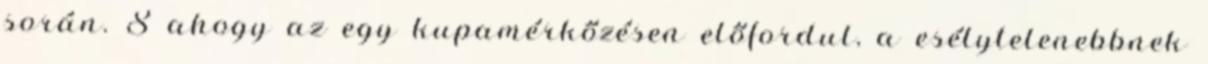
során. S ahogy az egy kupamérkőzésen előfordul, a esélytelenebbnek